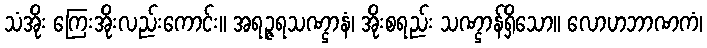
သံအိုး ကြေးအိုးလည်းကောင်း။ အရဉ္ဇရသဏ္ဌာနံ၊ အိုးစရည်း သဏ္ဌာန်ရှိသော။ လောဟဘာဏကံ၊